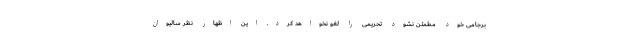
برجامی خود مطمئن نشود تحریمی را لغو نخواهد کرد. این اظهار نظر سالیوان